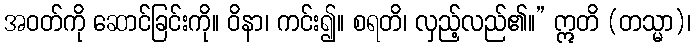
အဝတ်ကို ဆောင်ခြင်းကို။ ဝိနာ၊ ကင်း၍။ စရတိ၊ လှည့်လည်၏။” ဣတိ (တသ္မာ)၊